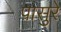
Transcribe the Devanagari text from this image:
पासुरे